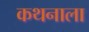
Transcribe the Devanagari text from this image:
कथनाला